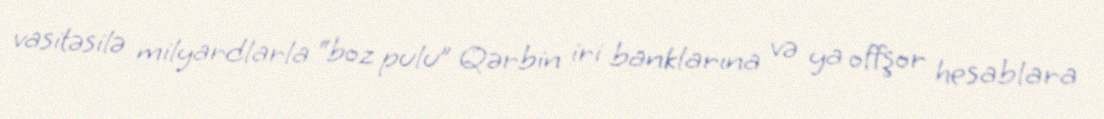
vasitəsilə milyardlarla “boz pulu” Qərbin iri banklarına və ya offşor hesablara